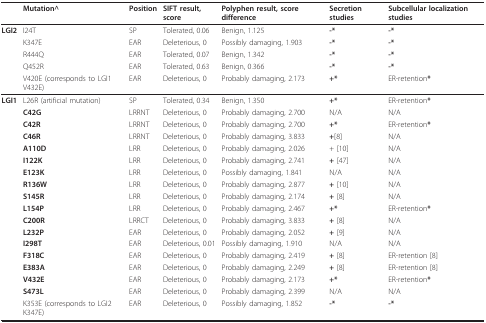
<table><thead><tr><td></td><td><b>Mutation^</b></td><td><b>Position</b></td><td><b>SIFT result, score</b></td><td><b>Polyphen result, score difference</b></td><td><b>Secretion studies</b></td><td><b>Subcellular localization studies</b></td></tr></thead><tbody><tr><td><b>LGI2</b></td><td>I24T</td><td>SP</td><td>Tolerated, 0.06</td><td>Benign, 1.125</td><td><b>-*</b></td><td><b>-*</b></td></tr><tr><td></td><td>K347E</td><td>EAR</td><td>Deleterious, 0</td><td>Possibly damaging, 1.903</td><td><b>-*</b></td><td><b>-*</b></td></tr><tr><td></td><td>R444Q</td><td>EAR</td><td>Tolerated, 0.07</td><td>Benign, 1.342</td><td><b>-*</b></td><td><b>-*</b></td></tr><tr><td></td><td>Q452R</td><td>EAR</td><td>Tolerated, 0.63</td><td>Benign, 0.366</td><td><b>-*</b></td><td><b>-*</b></td></tr><tr><td></td><td>V420E (corresponds to LGI1 V432E)</td><td>EAR</td><td>Deleterious, 0</td><td>Probably damaging, 2.173</td><td><b>+*</b></td><td>ER-retention<b>*</b></td></tr><tr><td><b>LGI1</b></td><td>L26R (artificial mutation)</td><td>SP</td><td>Tolerated, 0.34</td><td>Benign, 1.350</td><td><b>+*</b></td><td>ER-retention<b>*</b></td></tr><tr><td></td><td><b>C42G</b></td><td>LRRNT</td><td>Deleterious, 0</td><td>Probably damaging, 2.700</td><td>N/A</td><td>N/A</td></tr><tr><td></td><td><b>C42R</b></td><td>LRRNT</td><td>Deleterious, 0</td><td>Probably damaging, 2.700</td><td><b>+*</b></td><td>ER-retention<b>*</b></td></tr><tr><td></td><td><b>C46R</b></td><td>LRRNT</td><td>Deleterious, 0</td><td>Probably damaging, 3.833</td><td><b>+</b>[8]</td><td>N/A</td></tr><tr><td></td><td><b>A110D</b></td><td>LRR</td><td>Deleterious, 0</td><td>Probably damaging, 2.026</td><td>+ [10]</td><td>N/A</td></tr><tr><td></td><td><b>I122K</b></td><td>LRR</td><td>Deleterious, 0</td><td>Probably damaging, 2.741</td><td><b>+ </b>[47]</td><td>N/A</td></tr><tr><td></td><td><b>E123K</b></td><td>LRR</td><td>Deleterious, 0</td><td>Possibly damaging, 1.841</td><td>N/A</td><td>N/A</td></tr><tr><td></td><td><b>R136W</b></td><td>LRR</td><td>Deleterious, 0</td><td>Probably damaging, 2.877</td><td><b>+ </b>[10]</td><td>N/A</td></tr><tr><td></td><td><b>S145R</b></td><td>LRR</td><td>Deleterious, 0</td><td>Probably damaging, 2.174</td><td><b>+ </b>[8]</td><td>N/A</td></tr><tr><td></td><td><b>L154P</b></td><td>LRR</td><td>Deleterious, 0</td><td>Probably damaging, 2.467</td><td><b>+*</b></td><td>ER-retention<b>*</b></td></tr><tr><td></td><td><b>C200R</b></td><td>LRRCT</td><td>Deleterious, 0</td><td>Probably damaging, 3.833</td><td><b>+ </b>[8]</td><td>N/A</td></tr><tr><td></td><td><b>L232P</b></td><td>EAR</td><td>Deleterious, 0</td><td>Probably damaging, 2.052</td><td><b>+ </b>[9]</td><td>N/A</td></tr><tr><td></td><td><b>I298T</b></td><td>EAR</td><td>Deleterious, 0.01</td><td>Possibly damaging, 1.910</td><td>N/A</td><td>N/A</td></tr><tr><td></td><td><b>F318C</b></td><td>EAR</td><td>Deleterious, 0</td><td>Probably damaging, 2.419</td><td><b>+ </b>[8]</td><td>ER-retention [8]</td></tr><tr><td></td><td><b>E383A</b></td><td>EAR</td><td>Deleterious, 0</td><td>Probably damaging, 2.249</td><td><b>+ </b>[8]</td><td>ER-retention [8]</td></tr><tr><td></td><td><b>V432E</b></td><td>EAR</td><td>Deleterious, 0</td><td>Probably damaging, 2.173</td><td><b>+*</b></td><td>ER-retention<b>*</b></td></tr><tr><td></td><td><b>S473L</b></td><td>EAR</td><td>Deleterious, 0</td><td>Probably damaging, 2.399</td><td>N/A</td><td>N/A</td></tr><tr><td></td><td>K353E (corresponds to LGI2 K347E)</td><td>EAR</td><td>Deleterious, 0</td><td>Possibly damaging, 1.852</td><td><b>-*</b></td><td><b>-*</b></td></tr></tbody></table>